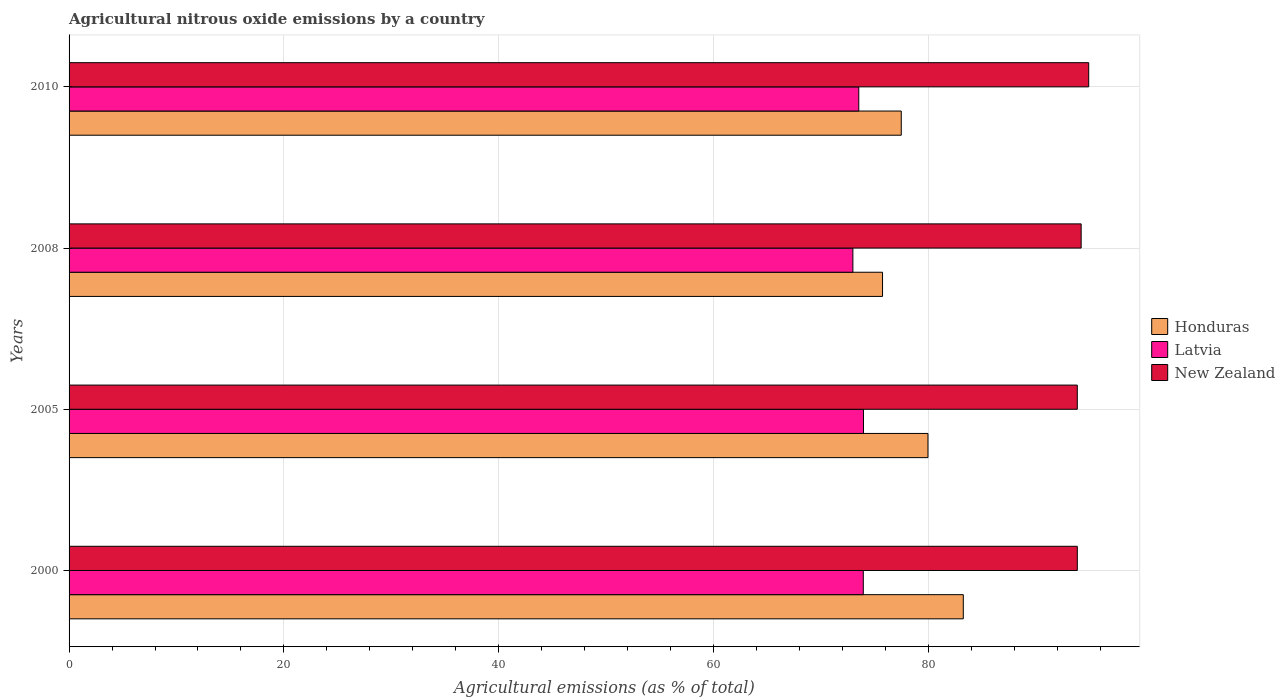
| Years | Honduras | Latvia | New Zealand |
 | --- | --- | --- | --- |
 | 2000 | 83.2 | 73.9 | 93.8 |
 | 2005 | 79.9 | 73.9 | 93.8 |
 | 2008 | 75.7 | 73 | 94.2 |
 | 2010 | 77.5 | 73.5 | 94.9 |